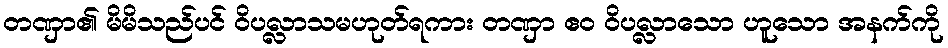
တဏှာ၏ မိမိသည်ပင် ဝိပလ္လာသမဟုတ်ရကား တဏှာ ဧဝ ဝိပလ္လာသော ဟူသော အနက်ကို